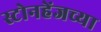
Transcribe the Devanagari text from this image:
स्टोनहेंजच्या